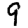
Digit: 9